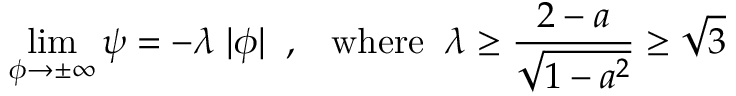
\operatorname * { l i m } _ { \phi \to \pm \infty } \psi = - \lambda \; | \phi | \; \; , \; \; \; \mathrm { w h e r e } \; \; \lambda \ge \frac { 2 - a } { \sqrt { 1 - a ^ { 2 } } } \ge \sqrt { 3 }